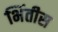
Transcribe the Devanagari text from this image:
भिंतीस